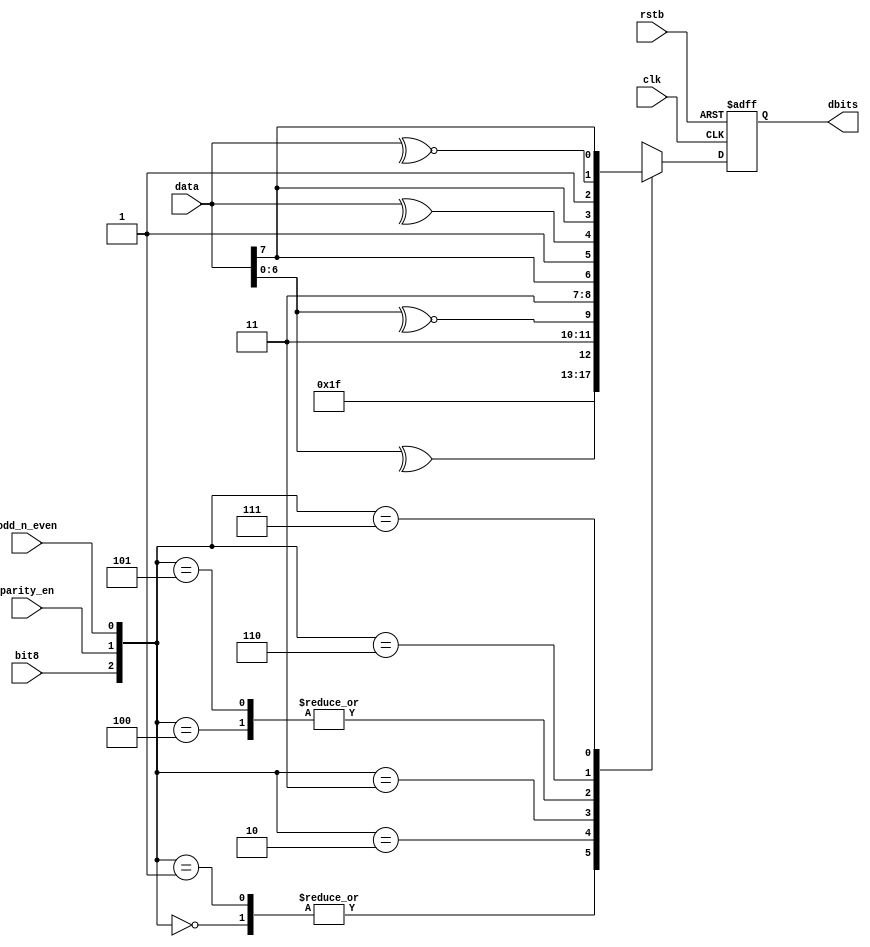
`timescale 1ns / 1ps
//////////////////////////////////////////////////////////////////////////////////
// Company: 
// Engineer: 
// 
// Design Name: 
// Module Name:    Configration 
// Project Name: 
// Target Devices: 
// Tool versions: 
// Description: 
//
// Dependencies: 
//
// Revision: 
// Revision 0.01 - File Created
// Additional Comments: 
//
//////////////////////////////////////////////////////////////////////////////////
module Configration( clk, rstb, data , bit8, parity_en, odd_n_even , dbits);
	
	input clk,rstb;
	input [7:0] data;
	input bit8;
	input parity_en;
	input odd_n_even;
	
	output [2:0] dbits;
	reg [2:0] dbits;
	
	wire[2:0] select;
	
	assign select = {bit8, parity_en,odd_n_even};
	
	always @ (posedge clk, negedge rstb)
	
	if (!rstb) dbits <= 3'b000;
	
	else case (select)
			3'b000 : dbits <=3'b111;
			
			3'b001 :	dbits <=3'b111;
			
			3'b010 : dbits <= {2'b11,^(data[6:0])};
			
			3'b011 : dbits <= {2'b11 , ~^(data[6:0])};
					
			3'b100 : dbits <= {2'b11, data[7]};
			
			3'b101 : dbits <= {2'b11 , data[7]};
			
			3'b110 : dbits <= {1'b1, ^(data[7:0]) , data[7]};
			
			3'b111 :	dbits <= {1'b1, ~^(data[7:0]) , data[7]};
					
								
			endcase	
				
endmodule